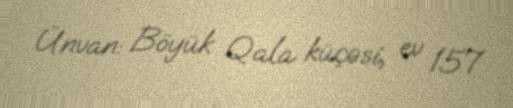
Ünvan: Böyük Qala küçəsi, ev 157